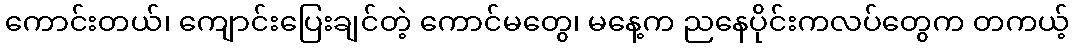
ကောင်းတယ်၊ ကျောင်းပြေးချင်တဲ့ ကောင်မတွေ၊ မနေ့က ညနေပိုင်းကလပ်တွေက တကယ့်